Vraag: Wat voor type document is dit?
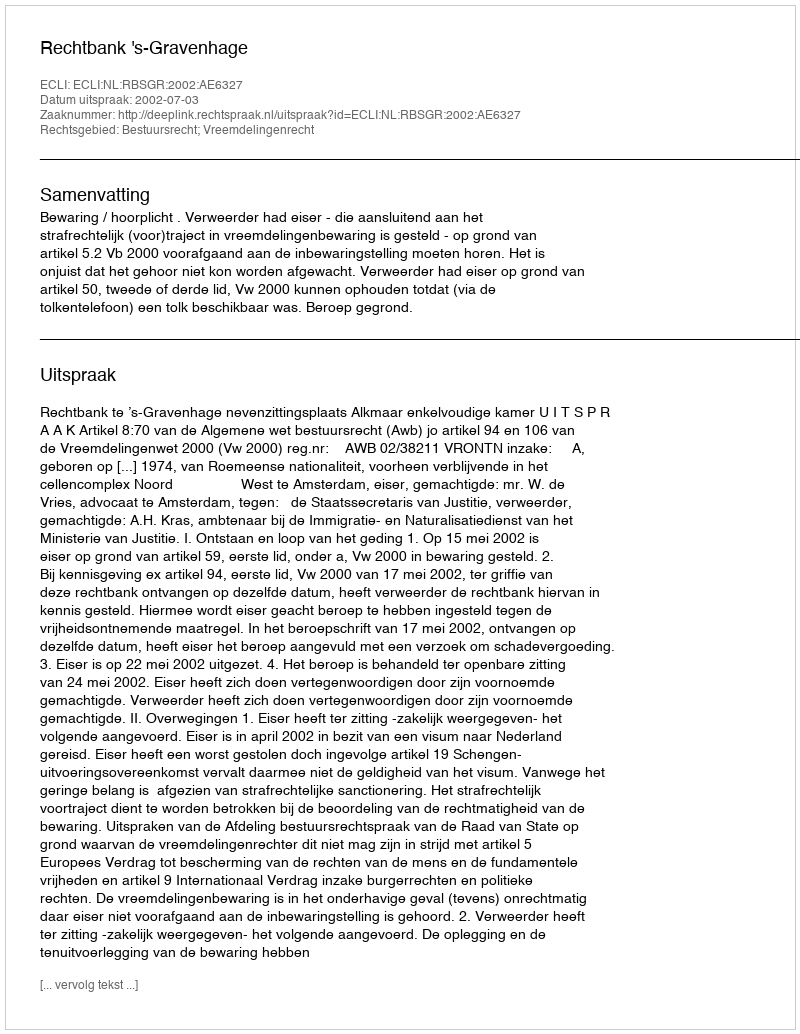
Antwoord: Uitspraak